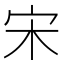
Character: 宋